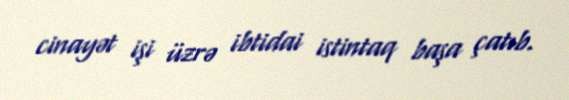
cinayət işi üzrə ibtidai istintaq başa çatıb.